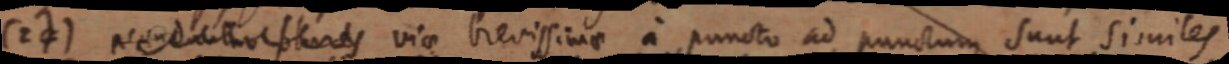
(24) _ viae brevissime a puncto ad punctum sunt similes